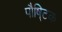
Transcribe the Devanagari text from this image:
पौषि्टक